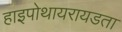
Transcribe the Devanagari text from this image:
हाइपोथायरायडता